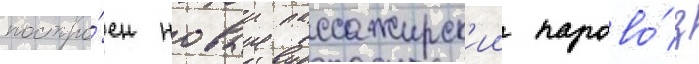
постро́ен новыи пассажирск'ии парово́з